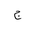
Letter: _gim